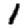
Digit: 1